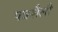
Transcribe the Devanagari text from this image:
पत्रशैली